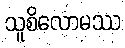
သူစိလောမဿ